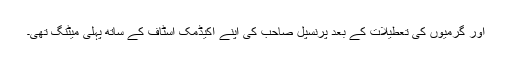
اور گرمیوں کی تعطیلات کے بعد پرنسپل صاحب کی اپنے اکیڈمک اسٹاف کے ساتھ پہلی میٹنگ تھی۔